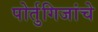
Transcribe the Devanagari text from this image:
पोर्तुगिजांचे